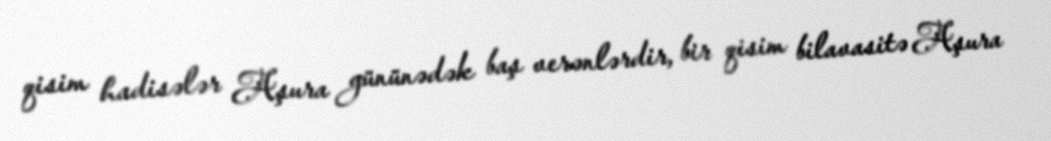
qisim hadisələr Aşura gününədək baş verənlərdir, bir qisim bilavasitə Aşura